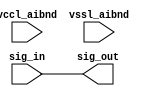
// This program was cloned from: https://github.com/intel/aib-phy-hardware
// License: Apache License 2.0

// SPDX-License-Identifier: Apache-2.0
// Copyright (C) 2019 Intel Corporation. All rights reserved
// Library - aibnd_lib, Cell - aibnd_data_buf, View - schematic
// LAST TIME SAVED: Apr 20 19:57:06 2015
// NETLIST TIME: May 12 17:53:11 2015
// `timescale 1ns / 1ns 

module aibnd_data_buf ( sig_out, sig_in, vccl_aibnd, vssl_aibnd );

output  sig_out;

input  sig_in, vccl_aibnd, vssl_aibnd;

wire sig_in, sig_out; // Conversion Sript Generated


// specify 
//     specparam CDS_LIBNAME  = "aibnd_lib";
//     specparam CDS_CELLNAME = "aibnd_data_buf";
//     specparam CDS_VIEWNAME = "schematic";
// endspecify

assign sig_out = sig_in;

endmodule